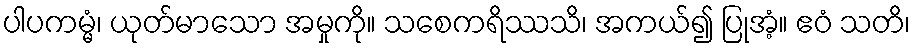
ပါပကမ္မံ၊ ယုတ်မာသော အမှုကို။ သစေကရိဿသိ၊ အကယ်၍ ပြုအံ့။ ဧဝံ သတိ၊